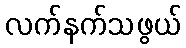
လက်နက်သဖွယ်